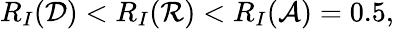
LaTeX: R_{I}({\mathcal{D}})<R_{I}({\mathcal{R}})<R_{I}({\mathcal{A}})=0.5,